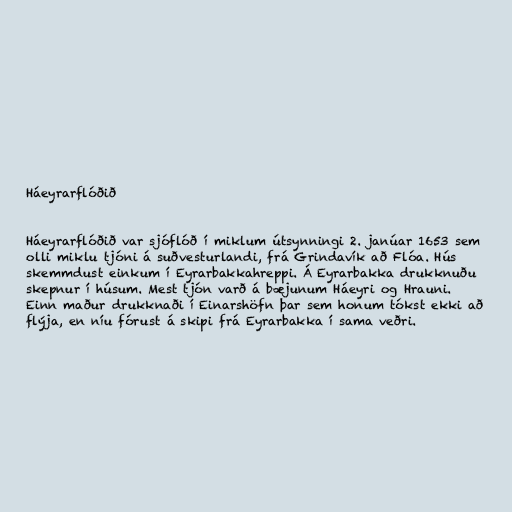
Háeyrarflóðið

Háeyrarflóðið var sjóflóð í miklum útsynningi 2. janúar 1653 sem
olli miklu tjóni á suðvesturlandi, frá Grindavík að Flóa. Hús
skemmdust einkum í Eyrarbakkahreppi. Á Eyrarbakka drukknuðu
skepnur í húsum. Mest tjón varð á bæjunum Háeyri og Hrauni.
Einn maður drukknaði í Einarshöfn þar sem honum tókst ekki að
flýja, en níu fórust á skipi frá Eyrarbakka í sama veðri.